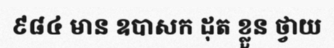
៩៨៤ មាន ឧបាសក ដុត ខ្លួន ថ្វាយ